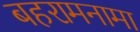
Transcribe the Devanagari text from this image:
बहरामनामा